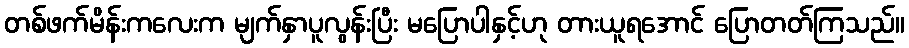
တစ်ဖက်မိန်းကလေးက မျက်နှာပူလွန်းပြီး မပြောပါနှင့်ဟု တားယူရအောင် ပြောတတ်ကြသည်။